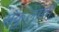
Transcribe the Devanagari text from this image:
संकुलांची